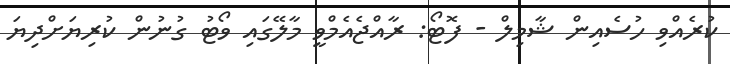
ކުރެއްވި ހުސެއިން ޝާމިލް - ފޮޓޯ: ރާއްޖެއެމްވީ މާލޭގައި ވޯޓު ގުނުން ކުރިޔަށްދިޔަ